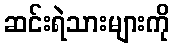
ဆင်းရဲသားများကို